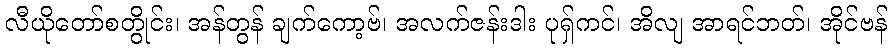
လီယိုတော်စတွိုင်း၊ အန်တွန် ချက်ကော့ဗ်၊ အလက်ဇန်းဒါး ပုရှ်ကင်၊ အိလျ အာရင်ဘတ်၊ အိုင်ဗန်